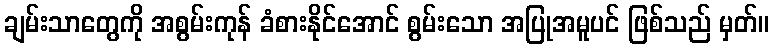
ချမ်းသာတွေကို အစွမ်းကုန် ခံစားနိုင်အောင် စွမ်းသော အပြုအမူပင် ဖြစ်သည် မှတ်။